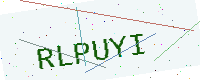
Text: RLPUYI